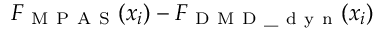
F _ { \mathrm { ~ M ~ P ~ A ~ S ~ } } ( x _ { i } ) - F _ { \mathrm { ~ D ~ M ~ D ~ \_ ~ d ~ y ~ n ~ } } ( x _ { i } )